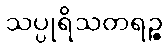
သပ္ပုရိသတရဉ္စ